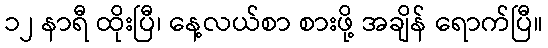
၁၂ နာရီ ထိုးပြီ၊ နေ့လယ်စာ စားဖို့ အချိန် ရောက်ပြီ။